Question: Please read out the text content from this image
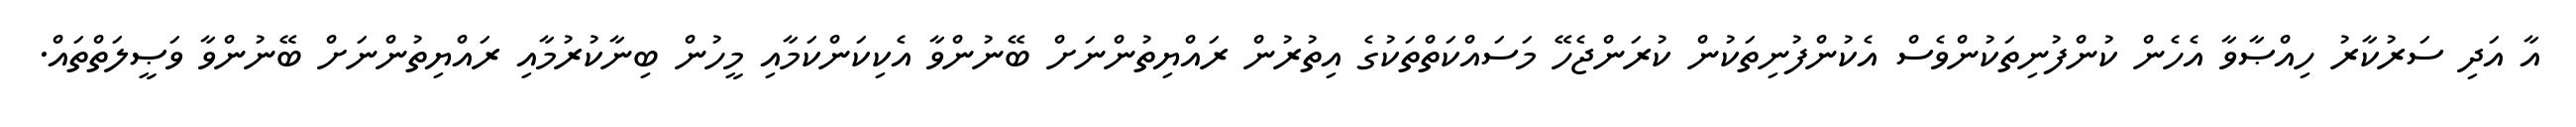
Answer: އާ އަދި ސަރުކާރު ހިއްޞާވާ އެހެން ކުންފުނިތަކުންވެސް އެކުންފުނިތަކުން ކުރަންޖެހޭ މަސައްކަތްތަކުގެ އިތުރުން ރައްޔިތުންނަށް ބޭނުންވާ އެކިކަންކަމާއި މީހުން ބިނާކުރުމާއި ރައްޔިތުންނަށް ބޭނުންވާ ވަޞީލަތްތައް.